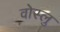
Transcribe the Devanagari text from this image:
वोस्लु